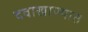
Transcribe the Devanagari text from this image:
दवाखाण्यात